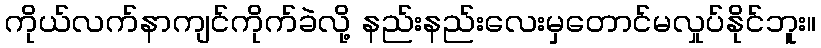
ကိုယ်လက်နာကျင်ကိုက်ခဲလို့ နည်းနည်းလေးမှတောင်မလှုပ်နိုင်ဘူး။